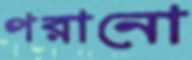
পরানো